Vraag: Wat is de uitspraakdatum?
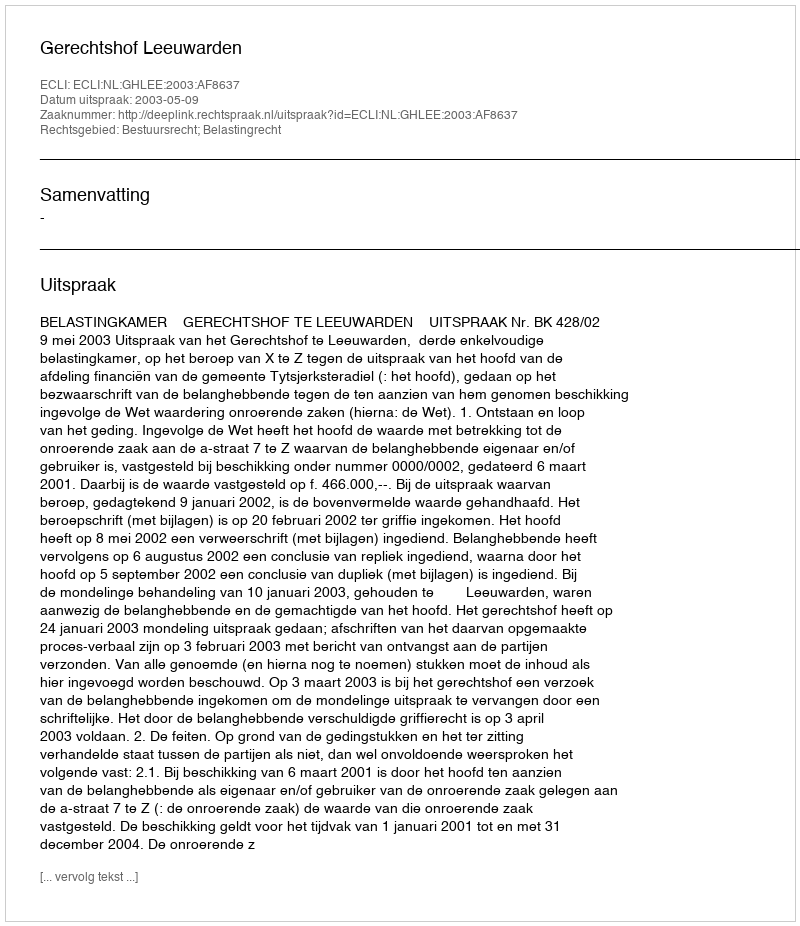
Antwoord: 2003-05-09